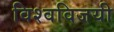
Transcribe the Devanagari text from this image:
विश्वविजयी